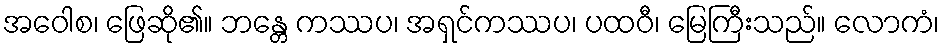
အဝေါစ၊ ဖြေဆို၏။ ဘန္တေ ကဿပ၊ အရှင်ကဿပ၊ ပထဝီ၊ မြေကြီးသည်။ လောကံ၊